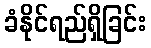
ခံနိုင်ရည်ရှိခြင်း